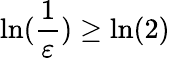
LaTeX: \ln(\frac{1}{\varepsilon})\geq\ln(2)